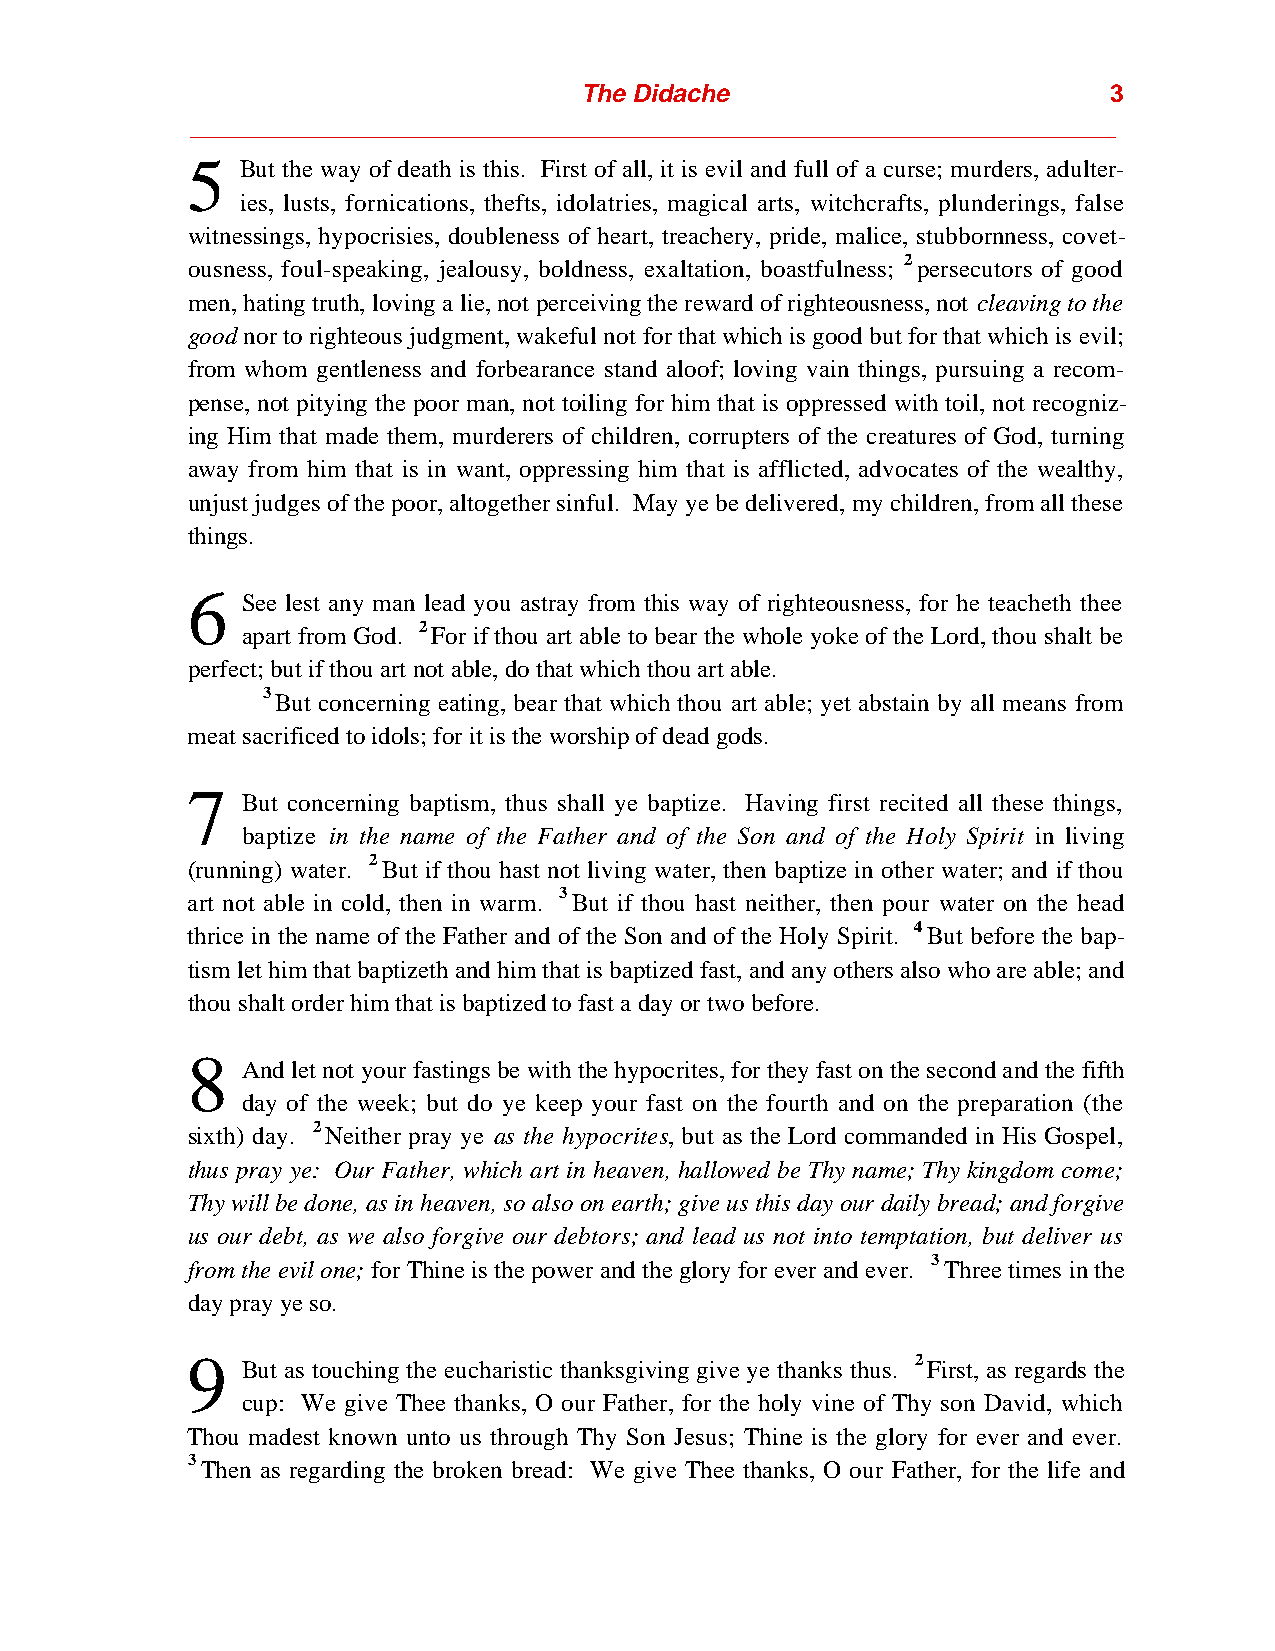
The Didache                         3
 ___________________________________________________________________
 5   But the way of death is this. First of all, it is evil and full of a curse; murders, adulter-
 ies, lusts, fornications, thefts, idolatries, magical arts, witchcrafts, plunderings, false
 witnessings, hypocrisies, doubleness of heart, treachery, pride, malice, stubbornness, covet-
 ousness, foul-speaking, jealousy, boldness, exaltation, boastfulness; 2 persecutors of good
 men, hating truth, loving a lie, not perceiving the reward of righteousness, not cleaving to the
 good nor to righteous judgment, wakeful not for that which is good but for that which is evil;
 from whom gentleness and forbearance stand aloof; loving vain things, pursuing a recom-
 pense, not pitying the poor man, not toiling for him that is oppressed with toil, not recogniz-
 ing Him that made them, murderers of children, corrupters of the creatures of God, turning
 away from him that is in want, oppressing him that is afflicted, advocates of the wealthy,
 unjust judges of the poor, altogether sinful. May ye be delivered, my children, from all these
 things.
 6
 See lest any man lead you astray from this way of righteousness, for he teacheth thee
 apart from God. 2 For if thou art able to bear the whole yoke of the Lord, thou shalt be
 perfect; but if thou art not able, do that which thou art able.
 3 But concerning eating, bear that which thou art able; yet abstain by all means from
 meat sacrificed to idols; for it is the worship of dead gods.
 7
 But concerning baptism, thus shall ye baptize. Having first recited all these things,
 baptize in the name of the Father and of the Son and of the Holy Spirit in living
 (running) water. 2 But if thou hast not living water, then baptize in other water; and if thou
 art not able in cold, then in warm. 3 But if thou hast neither, then pour water on the head
 thrice in the name of the Father and of the Son and of the Holy Spirit. 4 But before the bap-
 tism let him that baptizeth and him that is baptized fast, and any others also who are able; and
 thou shalt order him that is baptized to fast a day or two before.
 8
 And let not your fastings be with the hypocrites, for they fast on the second and the fifth
 day of the week; but do ye keep your fast on the fourth and on the preparation (the
 sixth) day. 2 Neither pray ye as the hypocrites, but as the Lord commanded in His Gospel,
 thus pray ye: Our Father, which art in heaven, hallowed be Thy name; Thy kingdom come;
 Thy will be done, as in heaven, so also on earth; give us this day our daily bread; and forgive
 us our debt, as we also forgive our debtors; and lead us not into temptation, but deliver us
 from the evil one; for Thine is the power and the glory for ever and ever. 3 Three times in the
 day pray ye so.
 9   But as touching the eucharistic thanksgiving give ye thanks thus. 2 First, as regards the
 cup: We give Thee thanks, O our Father, for the holy vine of Thy son David, which
 Thou madest known unto us through Thy Son Jesus; Thine is the glory for ever and ever.
 3 Then as regarding the broken bread: We give Thee thanks, O our Father, for the life and